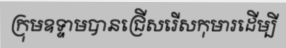
ក្រុមឧទ្ទាមបានជ្រើសរើសកុមារដើម្បី